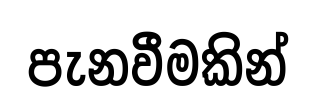
පැනවීමකින්